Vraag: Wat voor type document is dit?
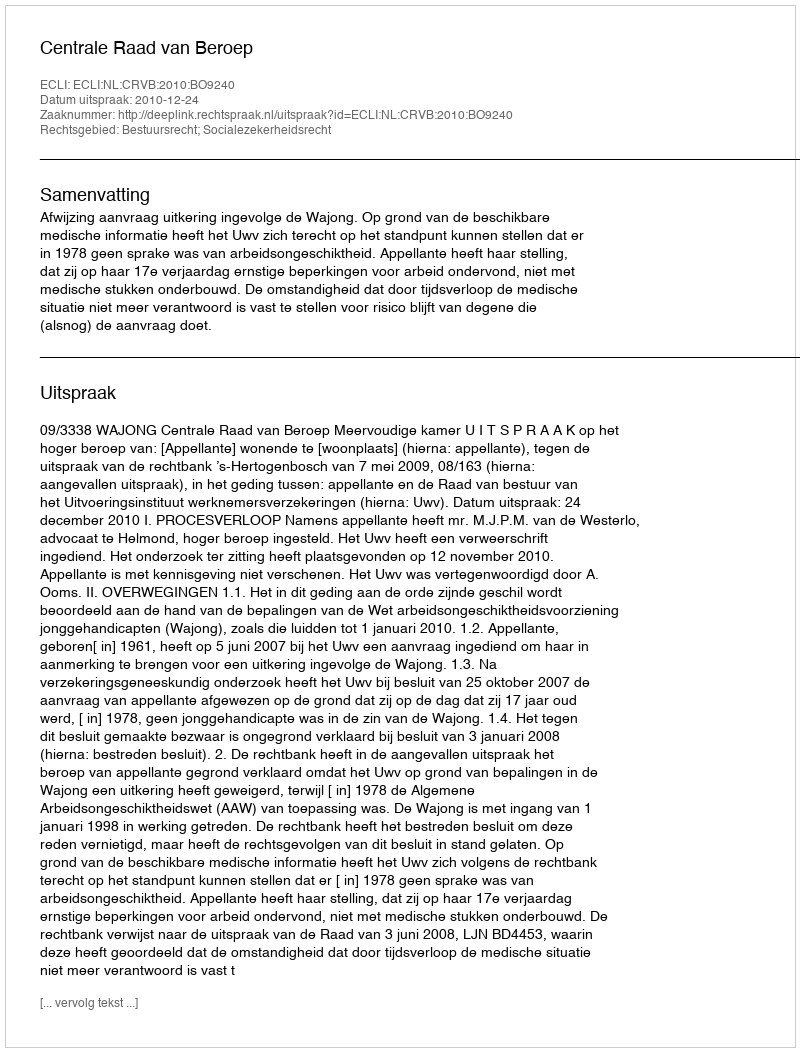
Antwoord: Uitspraak